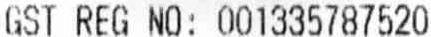
GST REG NO: 001335787520